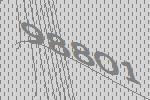
98801